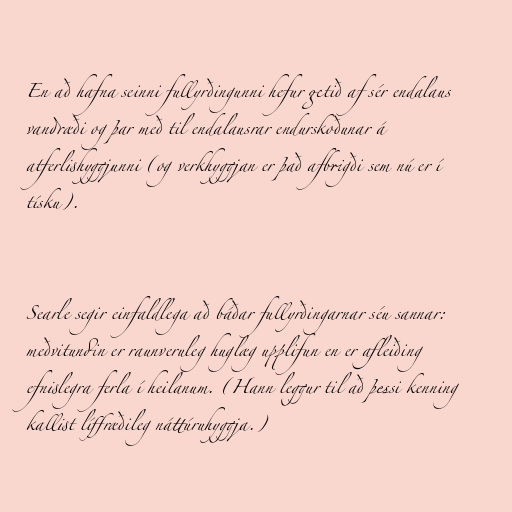
En að hafna seinni fullyrðingunni hefur getið af sér endalaus
vandræði og þar með til endalausrar endurskoðunar á
atferlishyggjunni (og verkhyggjan er það afbrigði sem nú er í
tísku).

Searle segir einfaldlega að báðar fullyrðingarnar séu sannar:
meðvitundin er raunveruleg huglæg upplifun en er afleiðing
efnislegra ferla í heilanum. (Hann leggur til að þessi kenning
kallist líffræðileg náttúruhyggja.)